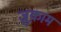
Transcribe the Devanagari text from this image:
ज़ुक़ाम